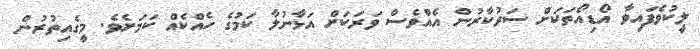
ލީކުވެފައިވާ އޯޑިއޯތަކަށް ސަރުުކާރުން އެއްވެސް ވަރަކަށް އަޅާނުލާ ކަމުގެ ހެެއްކެއް ކަމަށެވެ. މީގެއިތުރުން